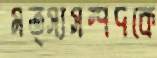
মত্স্যসম্পদকে